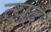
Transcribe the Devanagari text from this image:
त्यद्